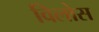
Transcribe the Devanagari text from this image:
विलोस